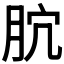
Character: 𣍥